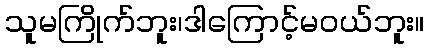
သူမကြိုက်ဘူး၊ဒါကြောင့်မဝယ်ဘူး။